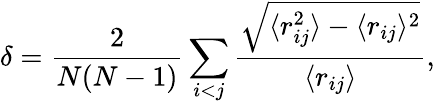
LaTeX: \delta=\frac{2}{N(N-1)}\sum_{i<j}\frac{\sqrt{\langle{r_{ij}^{2}}\rangle-\langle{r_{ij}}\rangle^{2}}}{\langle{r_{ij}}\rangle},